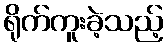
ရိုက်ကူးခဲ့သည့်